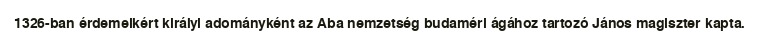
1326-ban érdemeikért királyi adományként az Aba nemzetség budaméri ágához tartozó János magiszter kapta.